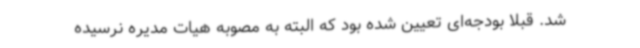
شد. قبلاً بودجه‌ای تعیین شده بود که البته به مصوبه هیات مدیره نرسیده